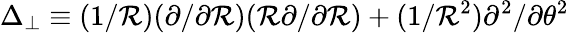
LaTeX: \Delta_{\perp}\equiv(1/\mathcal{R})(\partial/\partial\mathcal{R})(\mathcal{R}\partial/\partial\mathcal{R})+(1/\mathcal{R}^{2})\partial^{2}/\partial\theta^{2}